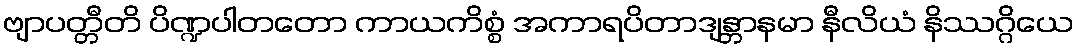
ဗျာပတ္တီတိ ပိဏ္ဍပါတတော ကာယကိစ္စံ အကာရပိတာဒျန္တာနမာ နီလိယံ နိဿဂ္ဂိယေ